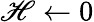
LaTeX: \mathscr{H}\leftarrow0